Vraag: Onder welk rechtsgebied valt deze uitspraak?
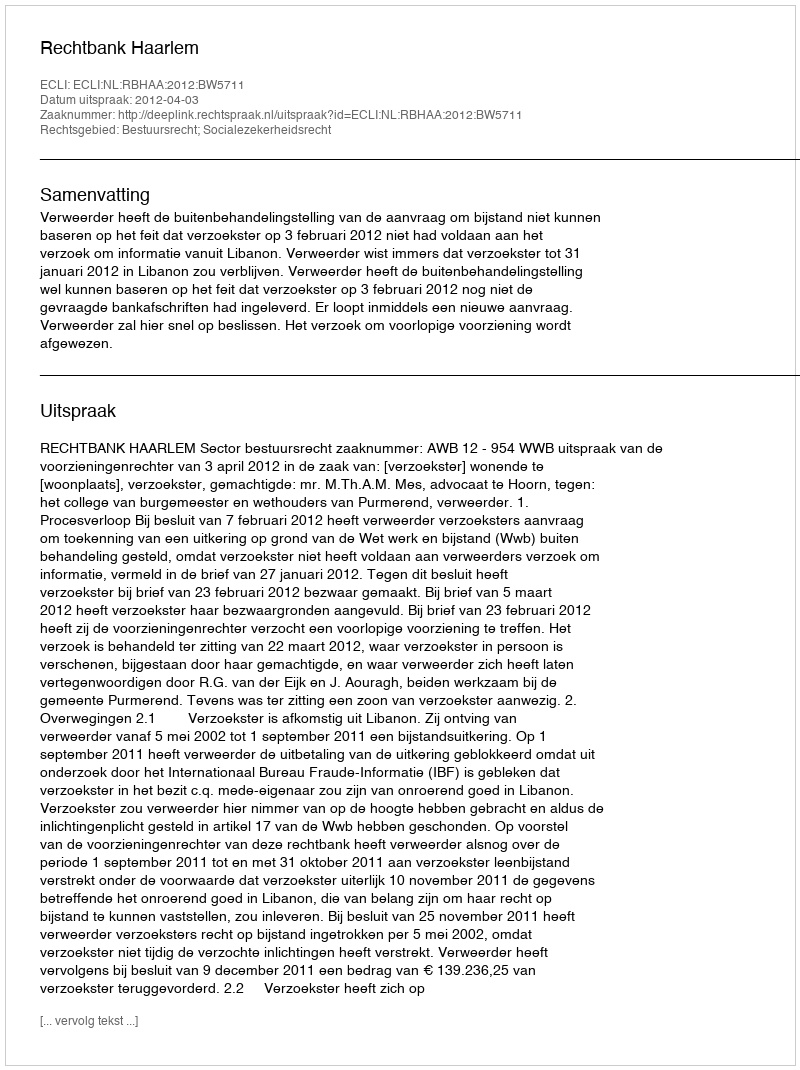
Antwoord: Bestuursrecht; Socialezekerheidsrecht